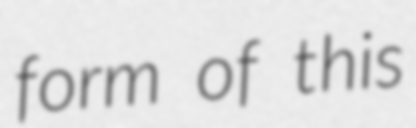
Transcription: form of this